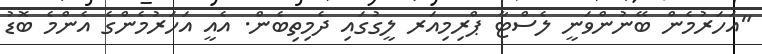
"އަހަރުމެން ބޭނުންވަނީ ލެސްޓާ ޕްރިމިއަރ ލީގުގައި ދެމިތިބެން. އެއީ އަހަރުމެންގެ އެންމެ ބޮޑު